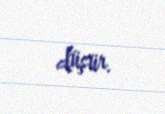
düşür.